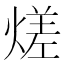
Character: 𭵭